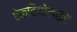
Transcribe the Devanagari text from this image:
ऐकटिनोलाइट